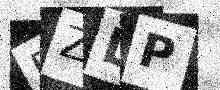
Text: PZLP